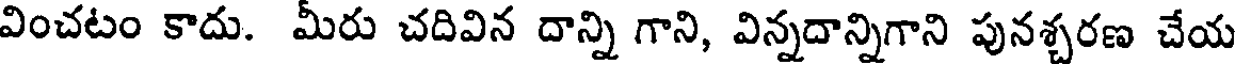
వించటం కాదు. మీరు చదివిన దాన్ని గాని, విన్నదాన్నిగాని పునశ్చరణ చేయ